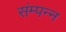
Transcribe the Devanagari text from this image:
संम्पन्न